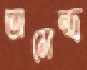
অমেন্দ্র